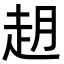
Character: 𬦈